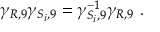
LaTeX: \gamma _ { R , 9 } \gamma _ { S _ { i } , 9 } = \gamma _ { S _ { i } , 9 } ^ { - 1 } \gamma _ { R , 9 } ~ .